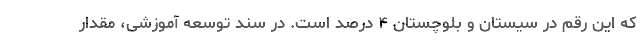
که این رقم در سیستان و بلوچستان ۴ درصد است. در سند توسعه آموزشی، مقدار